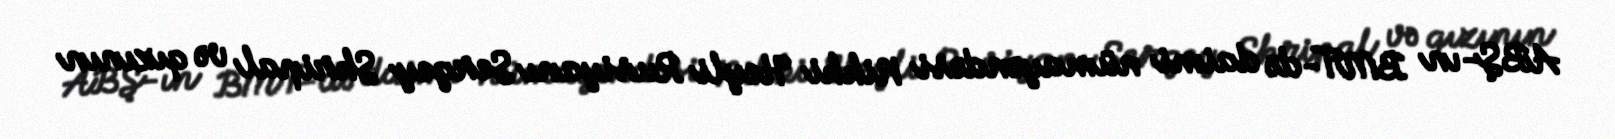
ABŞ-ın BMT-də daimi nümayəndəsi Nikki Heyli Rusiyanı Sergey Skripal və qızının